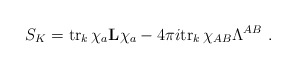
\begin{align*}S_{K}={\rm tr}_k\,\chi_a{\bf L}\chi_a - 4\pi i {\rm tr}_{k}\,\chi_{AB}\Lambda^{AB}\ .\end{align*}